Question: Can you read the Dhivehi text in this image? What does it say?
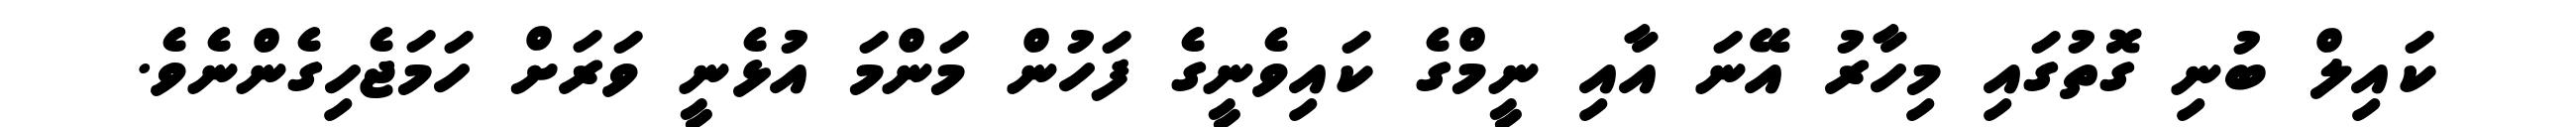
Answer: ކައިލް ބުނި ގޮތުގައި މިހާރު އޭނަ އާއި ނީމްގެ ކައިވެނީގެ ފަހުން މަންމަ އުޅެނީ ވަރަށް ހަމަޖެހިގެންނެވެ.